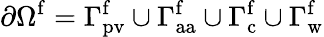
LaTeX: \partial\Omega^{\mathrm{f}}=\Gamma_{\mathrm{pv}}^{\mathrm{f}}\cup\Gamma_{\mathrm{aa}}^{\mathrm{f}}\cup\Gamma_{\mathrm{c}}^{\mathrm{f}}\cup\Gamma_{\mathrm{w}}^{\mathrm{f}}